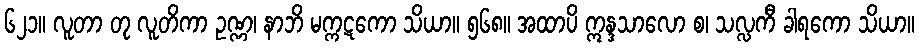
၆၂၁။ လူတာ တု လူတိကာ ဥဏ္ဏ၊ နာဘိ မက္ကဋကော သိယာ။ ၅၆၈။ အထာပိ ဣန္ဒသာလော စ၊ သလ္လကီ ခါရကော သိယာ။